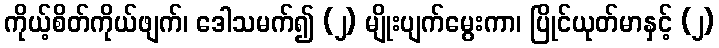
ကိုယ့်စိတ်ကိုယ်ဖျက်၊ ဒေါသမက်၍ (၂) မျိုးပျက်မွေးကာ၊ ပြိုင်ယုတ်မာနှင့် (၂)